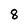
Character: 8